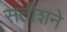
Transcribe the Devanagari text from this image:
सतीशने